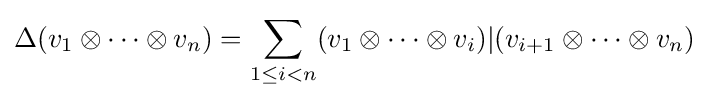
\Delta (v_{1}\otimes \cdots \otimes v_{n})=\sum _{1\leq i<n}(v_{1}\otimes \cdots \otimes v_{i})|(v_{i+1}\otimes \cdots \otimes v_{n})